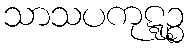
သာသပကုဋ္ဋဉ္စ